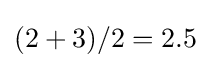
(2+3)/2=2.5